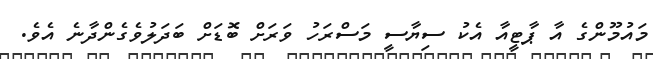
މައުމޫންގެ އާ ޕާޓީއާ އެކު ސިޔާސީ މަސްރަހު ވަރަށް ބޮޑަށް ބަދަލުވެގެންދާނެ އެވެ.